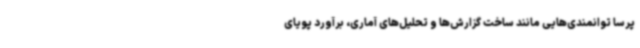
پرسا توانمندی‌هایی مانند ساخت گزارش‌ها و تحلیل‌های آماری، برآورد پویای